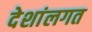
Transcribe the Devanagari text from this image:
देशांलगत